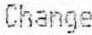
CHANGE